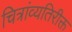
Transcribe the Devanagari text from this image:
चित्रांव्यतिरीक्त